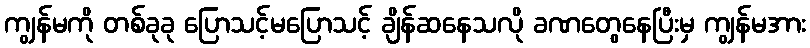
ကျွန်မကို တစ်ခုခု ပြောသင့်မပြောသင့် ချိန်ဆနေသလို ခဏတွေနေပြီးမှ ကျွန်မအား